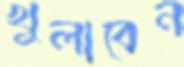
খুলাবেন